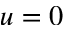
u = 0